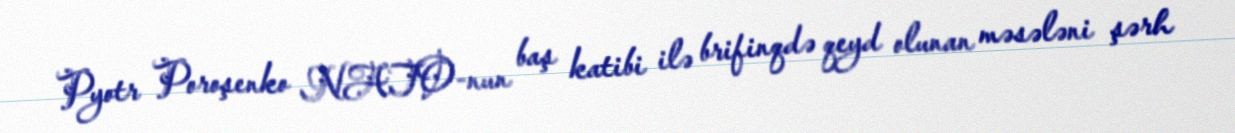
Pyotr Poroşenko NATO-nun baş katibi ilə brifinqdə qeyd olunan məsələni şərh